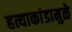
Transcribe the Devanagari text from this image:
हत्याकांडामुळे